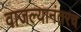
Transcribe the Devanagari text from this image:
वाजल्यानंतरच